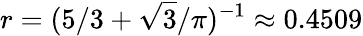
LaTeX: r=(5/3+\sqrt{3}/\pi)^{-1}\approx 0.4509